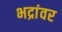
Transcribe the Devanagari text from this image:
भद्रांवर